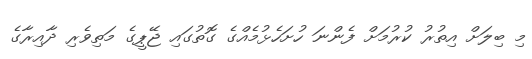
މި ބިލަށް އިތުރު ކުރުމަށް ފެންނަ ހުށަހެޅުމެއްގެ ގޮތުގައި ޖޭޕީގެ މަތިވެރި ދާއިރާގެ